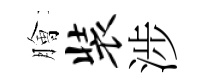
膾装涉